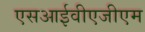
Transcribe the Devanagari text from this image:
एसआईवीएजीएम